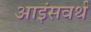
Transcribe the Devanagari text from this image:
आइंसवर्थ